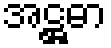
အဋ္ဌဓာ